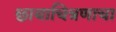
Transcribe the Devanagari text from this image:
छायाचित्रणाचा